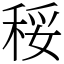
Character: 䅑